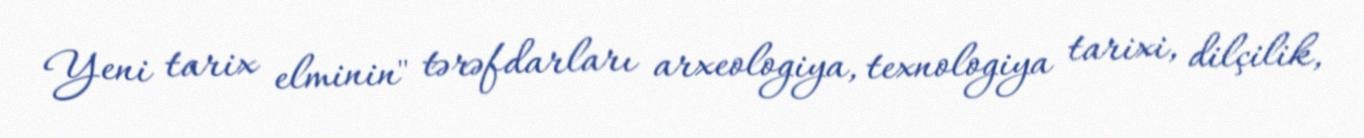
Yeni tarix elminin" tərəfdarları arxeologiya, texnologiya tarixi, dilçilik,